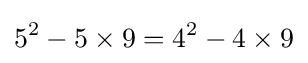
5^{2}-5\times 9=4^{2}-4\times 9